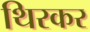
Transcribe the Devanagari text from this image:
थिरकर